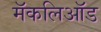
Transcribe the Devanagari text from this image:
मॅकलिऑड